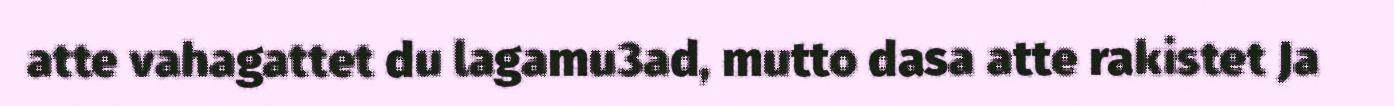
atte vahagattet du lagamu3ad, mutto dasa atte rakistet Ja